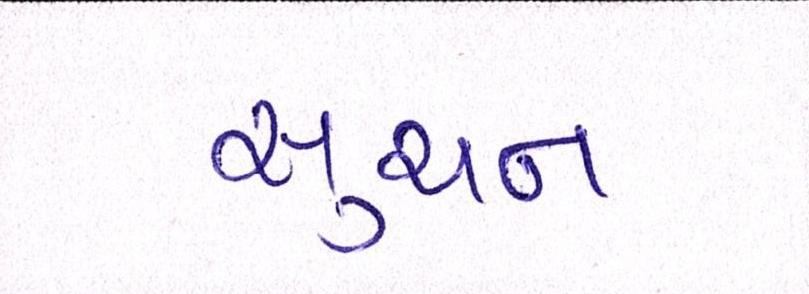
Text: સુચન